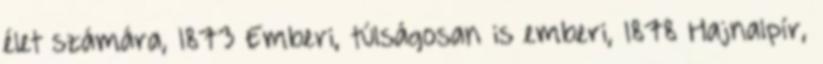
élet számára, 1873 Emberi, túlságosan is emberi, 1878 Hajnalpír,